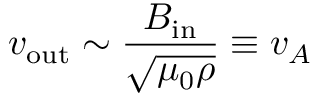
v _ { \mathrm { o u t } } \sim { \frac { B _ { \mathrm { i n } } } { \sqrt { \mu _ { 0 } \rho } } } \equiv v _ { A }